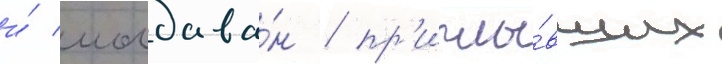
и́ молдава́н / пр'иплы́вших